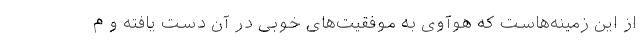
از این زمینه‌هاست که هوآوی به موفقیت‌های خوبی در آن دست یافته و م